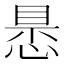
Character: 𢝝